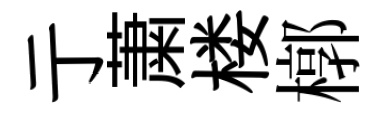
亍䔥楼槨